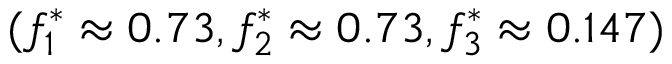
( f _ { 1 } ^ { * } \approx 0 . 7 3 , f _ { 2 } ^ { * } \approx 0 . 7 3 , f _ { 3 } ^ { * } \approx 0 . 1 4 7 )